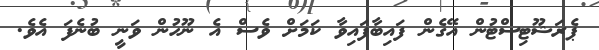
ޕެރަޝޫޓިސްޓުން އޭގެން ފައިބާފައިވާ ކަމަށް ވެސް އެ ނޫހުން ވަނީ ބުނެފަ އެވެ.